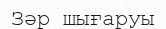
Зәр шығаруы